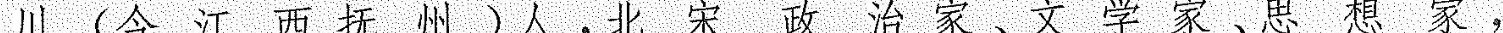
川(江西抚州)人，北宋政治家、文学家、思想家，